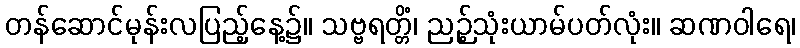
တန်ဆောင်မုန်းလပြည့်နေ့၌။ သဗ္ဗရတ္တိံ၊ ညဉ့်သုံးယာမ်ပတ်လုံး။ ဆဏဝါရေ၊